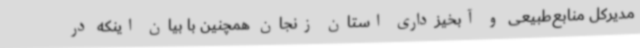
مدیرکل منابع‌طبیعی و آبخیزداری استان زنجان همچنین با بیان اینکه در